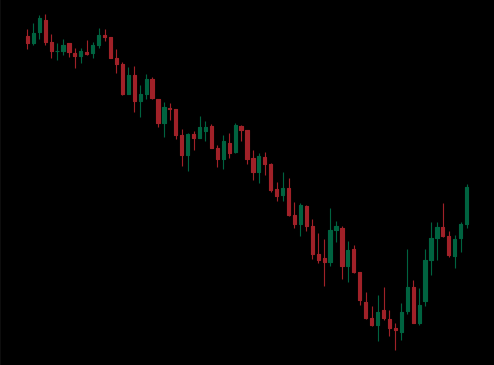
Pattern: bull_flag